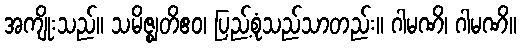
အကျိုးသည်။ သမိဇ္ဈတိဧဝ၊ ပြည့်စုံသည်သာတည်း။ ဂါမဏိ၊ ဂါမဏိ။